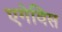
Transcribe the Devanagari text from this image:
एगेविस